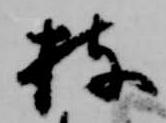
持